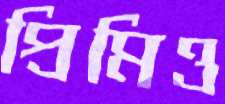
প্রিমিও